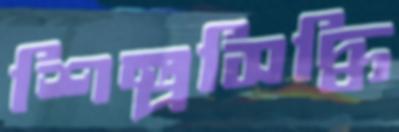
শিল্পসিদ্ধি